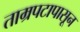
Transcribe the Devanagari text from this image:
ताम्रपटापासून